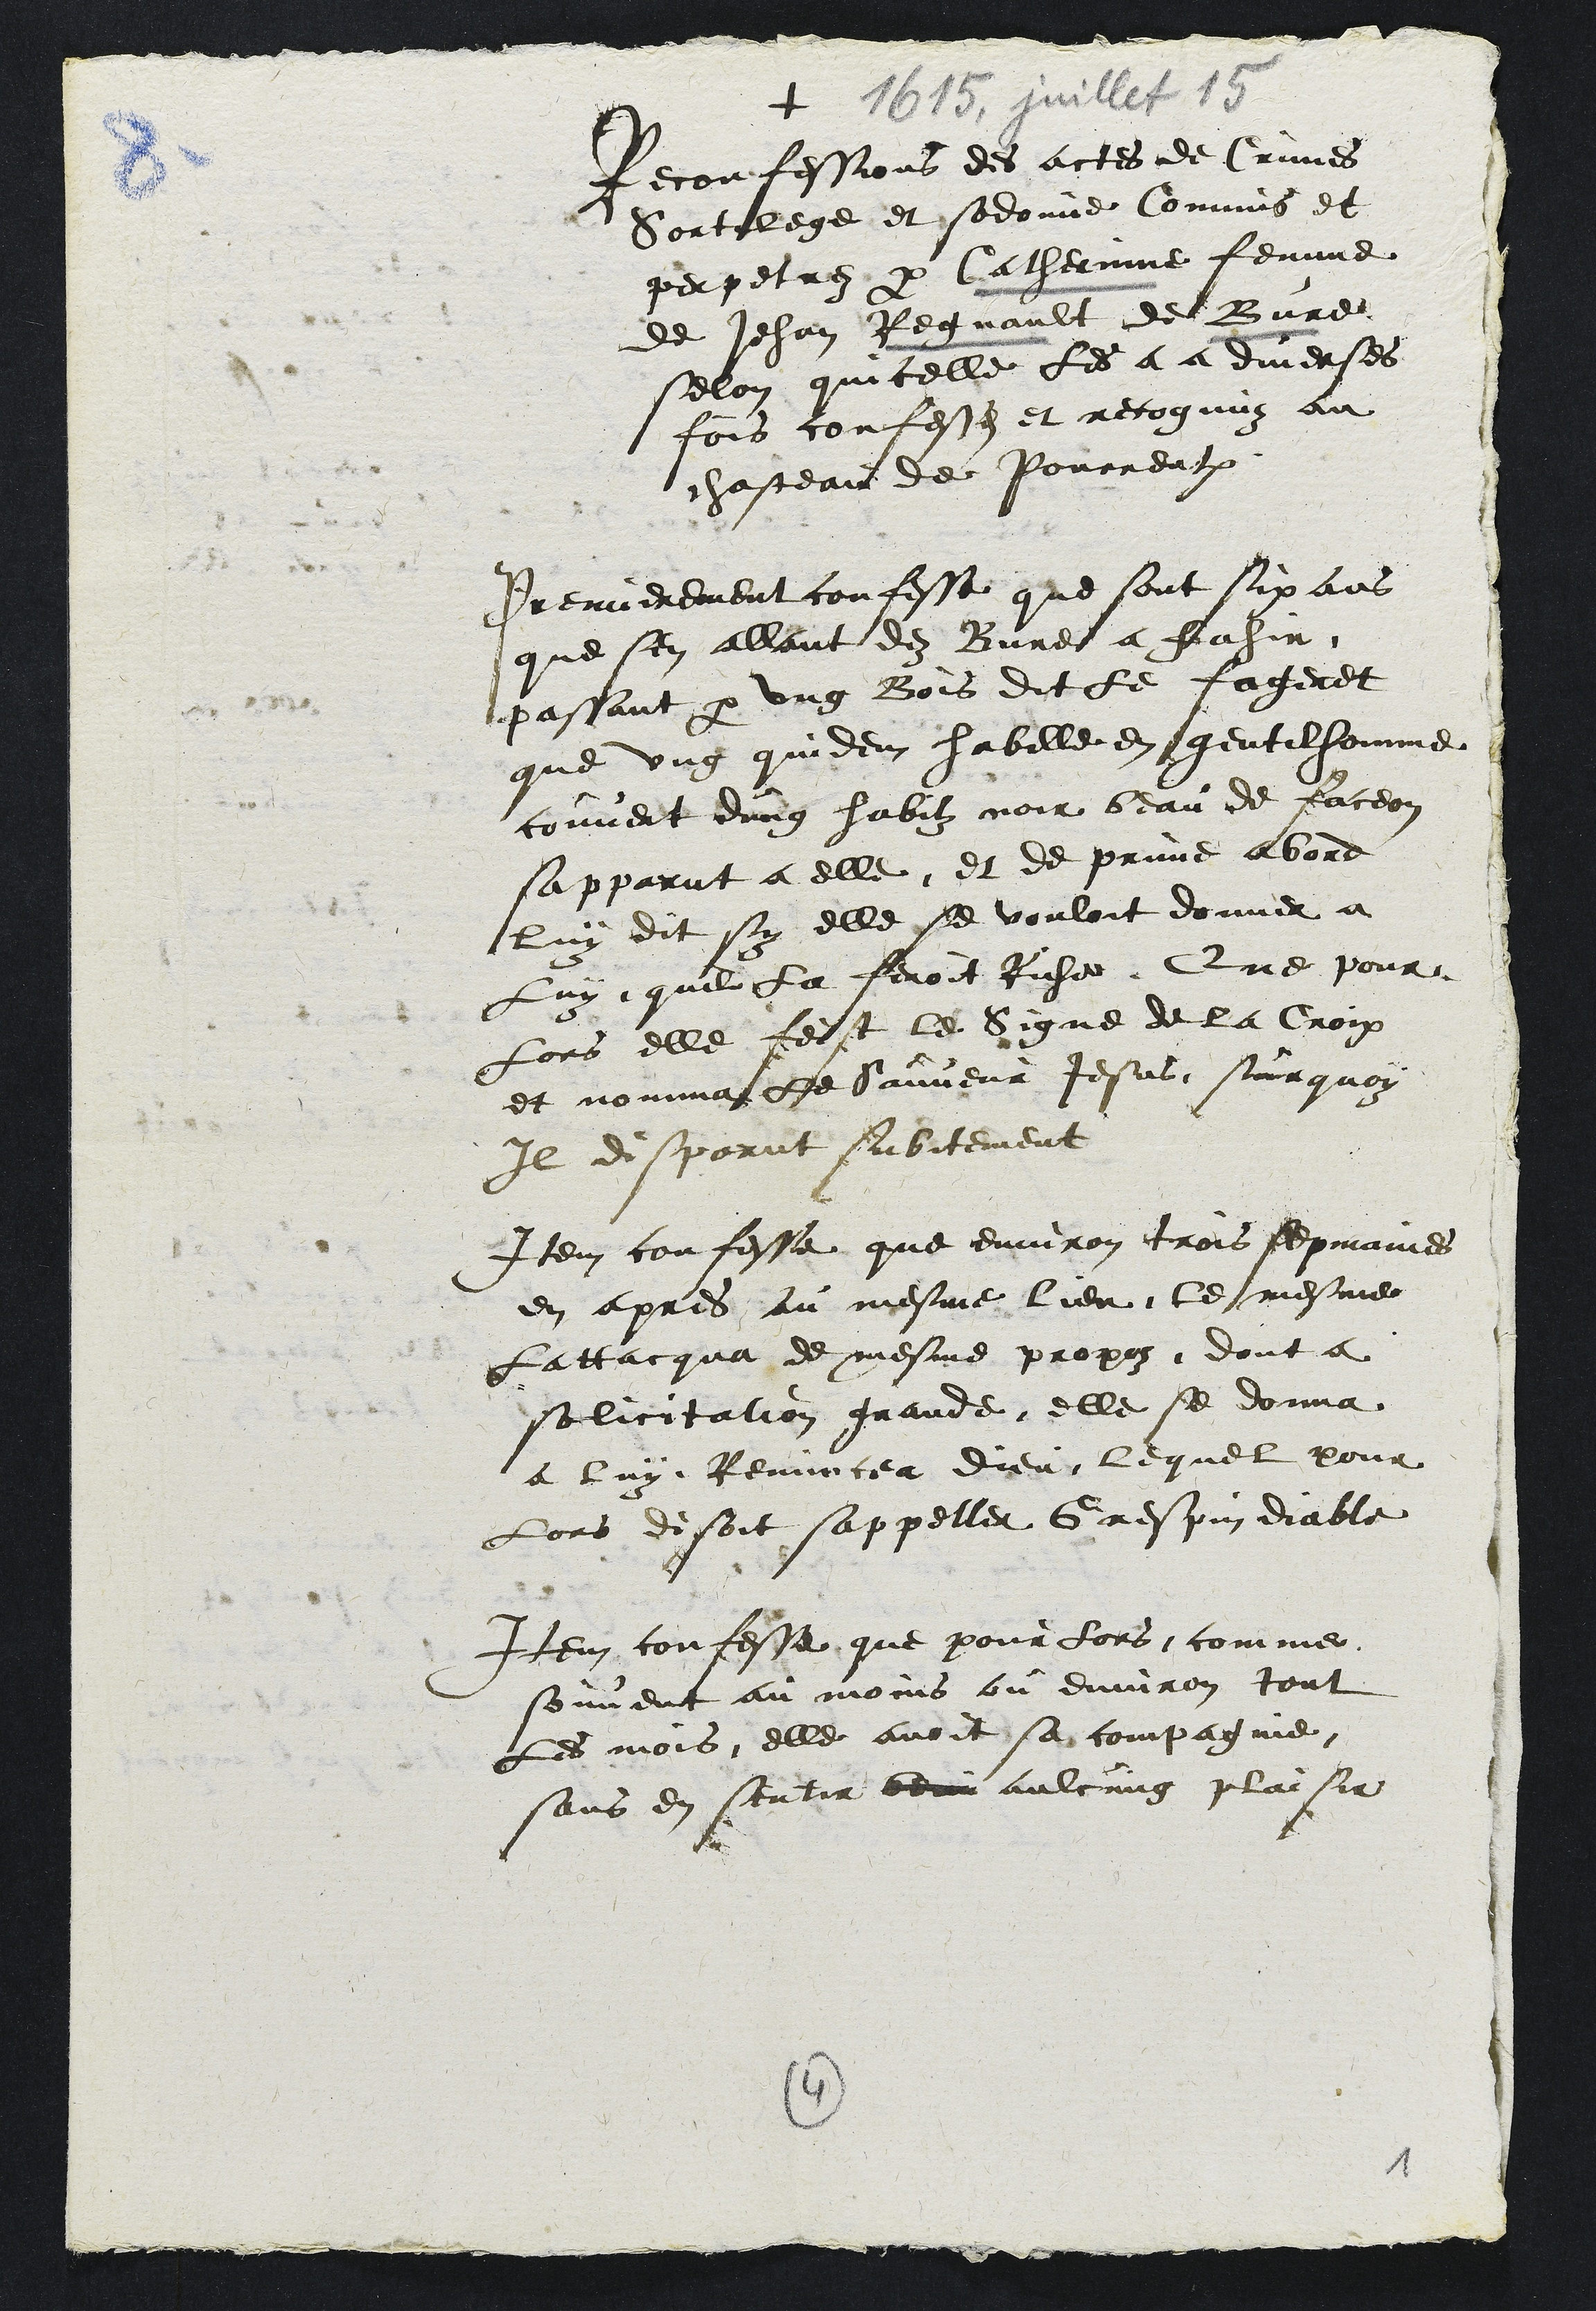
+
1615, juillet 15
Reconfessions des actes de Crimes
Sortilege et sodomie Commis et
perpetrez par Catherinne femme
de Jehan Regnault de Bure
selon quicelle les a a diverses
fois confesses et recognuz au
chasteau de Pourrentruy
Premierement confesse que sont six ans
que sen allant dez Bure a Fahir
passant par ung Bois dit le fageret
que ung quidem habille en gentilhomme
couvert dung habitz noir beau de faceon
sapparut a elle, et de prime abord
luy dit sy elle se vouloit donner a
Luy que la feroit Riche Que pour
Lors elle feist le signe de la Croix
et nomma le Sauveur Jesus surquoy
Il disparut subitement
Item confesse que environ trois sepmaines
en apres au mesme lieu le mesme
Lattacqua de mesme propoz dont a
solicitation grande elle se donna
a luy Renuncea dieu lequel pour
Lors disoit sappeller Grespin diable
Item confesse que pour lors comme
souvent au moins ou environ tout
Les mois, elle avoit sa compagnie
sans en sentir beau aulcung plaisir